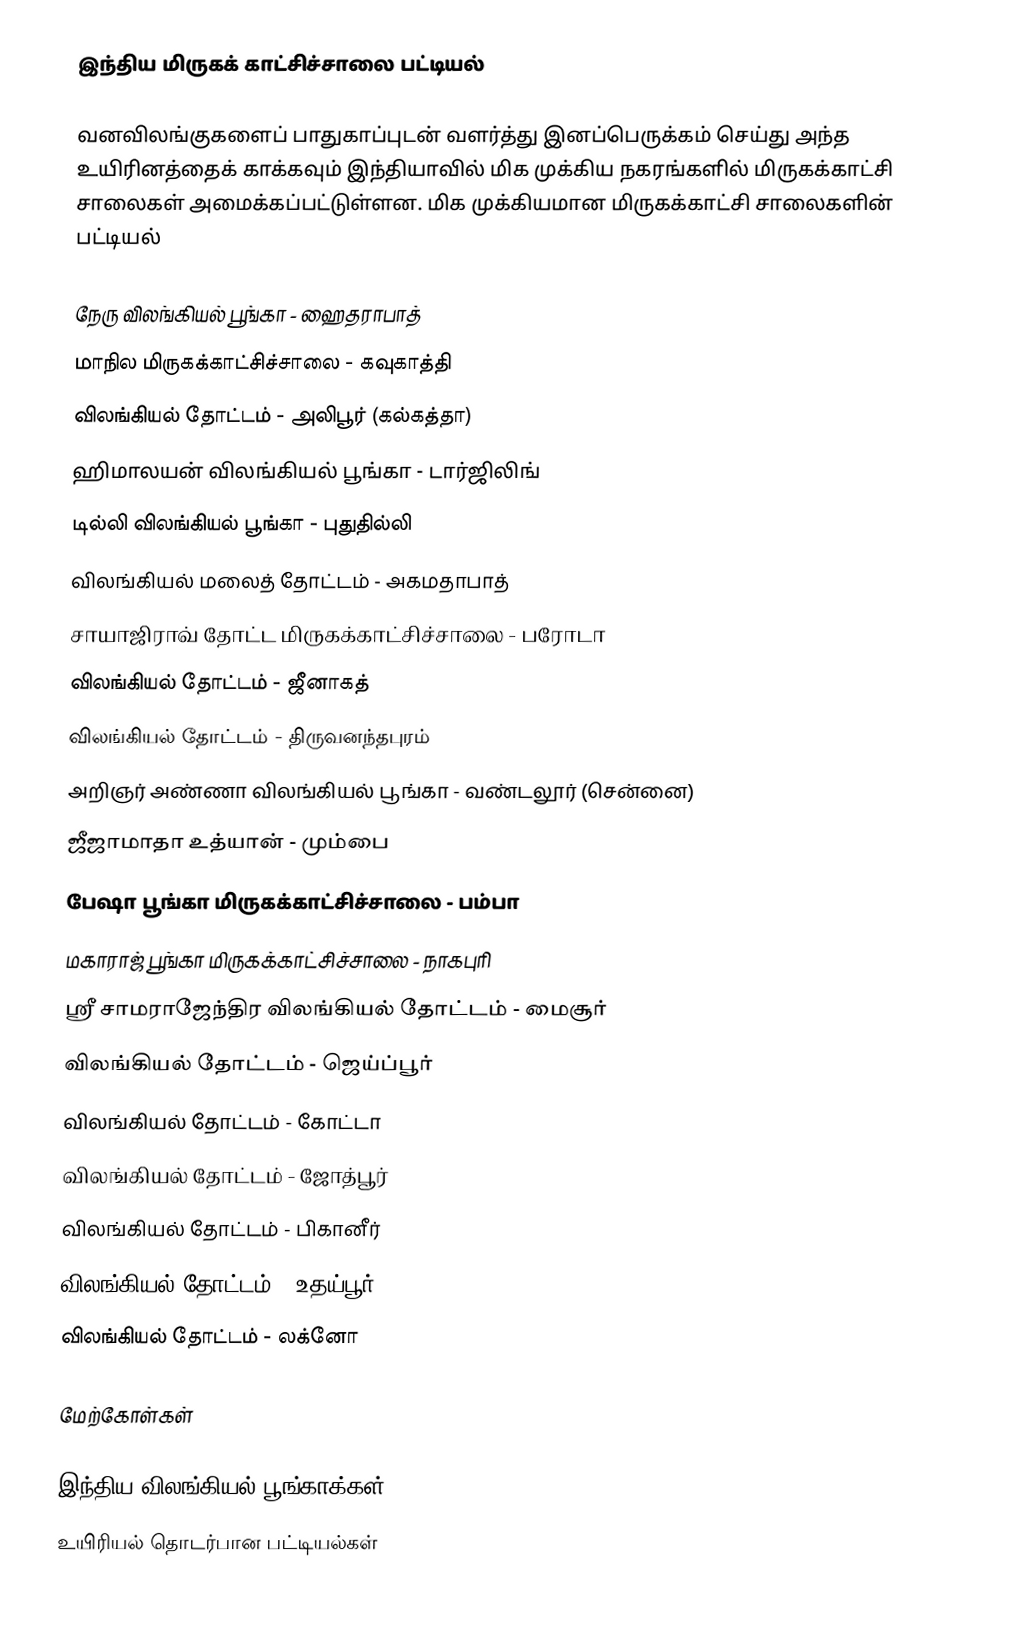
இந்திய மிருகக் காட்சிச்சாலை பட்டியல்

வனவிலங்குகளைப் பாதுகாப்புடன் வளர்த்து இனப்பெருக்கம் செய்து அந்த உயிரினத்தைக் காக்கவும் இந்தியாவில் மிக முக்கிய நகரங்களில் மிருகக்காட்சி சாலைகள் அமைக்கப்பட்டுள்ளன. மிக முக்கியமான மிருகக்காட்சி சாலைகளின் பட்டியல்

 நேரு விலங்கியல் பூங்கா - ஹைதராபாத்
 மாநில மிருகக்காட்சிச்சாலை - கவுகாத்தி
 விலங்கியல் தோட்டம் - அலிபூர் (கல்கத்தா)
 ஹிமாலயன் விலங்கியல் பூங்கா - டார்ஜிலிங்
 டில்லி விலங்கியல் பூங்கா - புதுதில்லி
 விலங்கியல் மலைத் தோட்டம் - அகமதாபாத்
 சாயாஜிராவ் தோட்ட மிருகக்காட்சிச்சாலை - பரோடா
 விலங்கியல் தோட்டம் - ஜீனாகத்
 விலங்கியல் தோட்டம் - திருவனந்தபுரம்
 அறிஞர் அண்ணா விலங்கியல் பூங்கா - வண்டலூர் (சென்னை)
 ஜீஜாமாதா உத்யான் - மும்பை
 பேஷா பூங்கா மிருகக்காட்சிச்சாலை - பம்பா
 மகாராஜ் பூங்கா மிருகக்காட்சிச்சாலை - நாகபுரி
 ஸ்ரீ சாமராஜேந்திர விலங்கியல் தோட்டம் - மைசூர்
 விலங்கியல் தோட்டம் - ஜெய்ப்பூர்
 விலங்கியல் தோட்டம் - கோட்டா
 விலங்கியல் தோட்டம் - ஜோத்பூர்
 விலங்கியல் தோட்டம் - பிகானீர்
 விலங்கியல் தோட்டம் - உதய்பூர்
 விலங்கியல் தோட்டம் - லக்னோ

மேற்கோள்கள்

இந்திய விலங்கியல் பூங்காக்கள்
உயிரியல் தொடர்பான பட்டியல்கள்